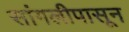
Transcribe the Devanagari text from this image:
सांगलीपासून